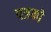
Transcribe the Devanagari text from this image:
पत्रको